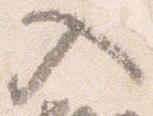
入